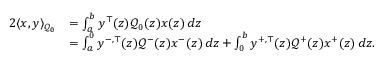
\begin{array} { r l } { 2 \langle x , y \rangle _ { \mathcal { Q } _ { 0 } } } & { = \int _ { a } ^ { b } y ^ { \top } ( z ) \mathcal { Q } _ { 0 } ( z ) x ( z ) \, d z } \\ & { = \int _ { a } ^ { 0 } y ^ { - , \top } ( z ) \mathcal { Q } ^ { - } ( z ) x ^ { - } ( z ) \, d z + \int _ { 0 } ^ { b } y ^ { + , \top } ( z ) \mathcal { Q } ^ { + } ( z ) x ^ { + } ( z ) \, d z . } \end{array}